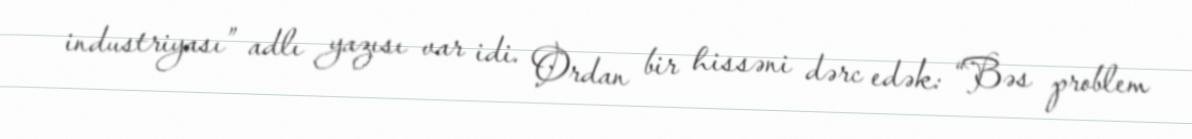
industriyası” adlı yazısı var idi. Ordan bir hissəni dərc edək: “Bəs problem